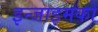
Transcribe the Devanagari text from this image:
इन्जाइमको